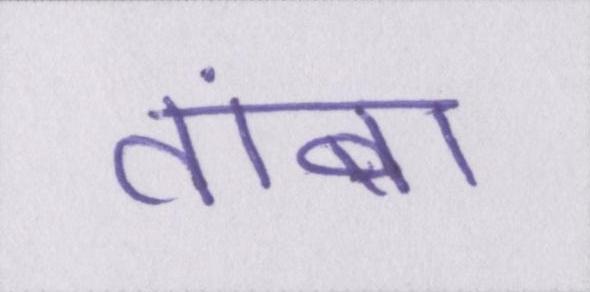
तांबा